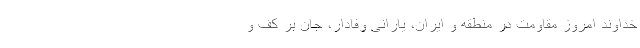
خداوند امروز مقاومت در منطقه و ایران، یارانی وفادار، جان بر کف و